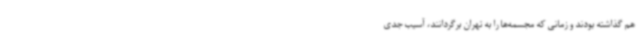
هم گذاشته بودند و زمانی که مجسمه‌ها را به تهران برگردانند، آسیب جدی